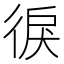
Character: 𱝲